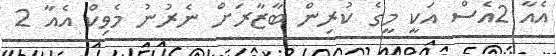
އެއާ 2އެސް އަކީ މީގެ ކުރިން ބާޒާރަށް ނެރުނު މެވިކް އެއާ 2